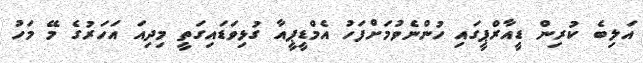
އަލިބެ ކުރިން ޑީއާރްޕީގައި ހުންނެވުމަށްފަހު އެމްޑީޕީއާ ގުޅިވަޑައިގަތީ މިދިއަ އަހަރުގެ މޭ މަހު